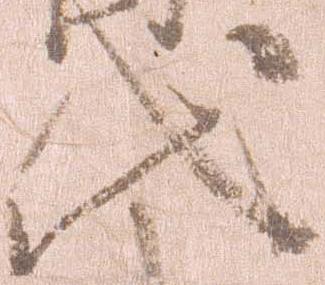
代